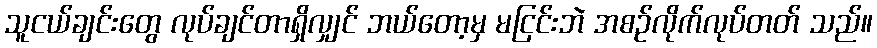
သူငယ်ချင်းတွေ လုပ်ချင်တာရှိလျှင် ဘယ်တော့မှ မငြင်းဘဲ အစဉ်လိုက်လုပ်တတ် သည်။